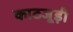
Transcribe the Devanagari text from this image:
काठजूड़ी